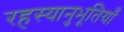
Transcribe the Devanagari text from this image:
रहस्यानुभूतियाँ